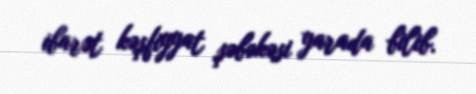
ibarət kəşfiyyat şəbəkəsi yarada bilib.